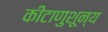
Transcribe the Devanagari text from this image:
कीटाणुशून्य